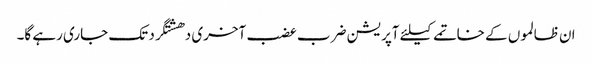
ان ظالموں کے خاتمے کیلئے آپریشن ضرب عضب آخری دھشتگرد تک جاری رہے گا۔